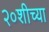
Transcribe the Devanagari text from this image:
२०शीच्या